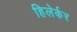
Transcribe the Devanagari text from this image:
हिलेर्कर